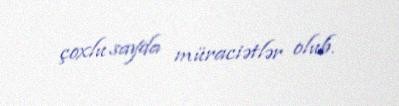
çoxlu sayda müraciətlər olub.